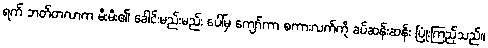
ရက် ဘတ်တလာက မီးမီး၏ ခေါင်းမည်းမည်း ပေါ်မှ ကျော်ကာ စကားလက်ကို ခပ်ဆန်းဆန်း ပြုံးကြည့်သည်။